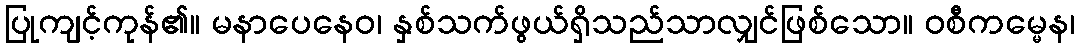
ပြုကျင့်ကုန်၏။ မနာပေနေဝ၊ နှစ်သက်ဖွယ်ရှိသည်သာလျှင်ဖြစ်သော။ ဝစီကမ္မေန၊